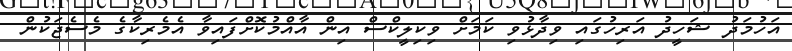
އަހުމަދު ޝަހީދު އަރިހުގައި ވިދާޅުވި ކަމަށް ވިކިލީކްސް އިން އާއްމުކޮށްފައިވާ އެމެރިކާގެ މެސެޖަކުން